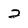
Character: 2